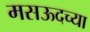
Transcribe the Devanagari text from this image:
मसऊदच्या